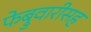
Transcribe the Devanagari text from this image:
फेब्रुवारीसह